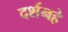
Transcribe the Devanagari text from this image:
दर्शनहे